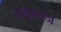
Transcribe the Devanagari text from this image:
यागुआरोंडी